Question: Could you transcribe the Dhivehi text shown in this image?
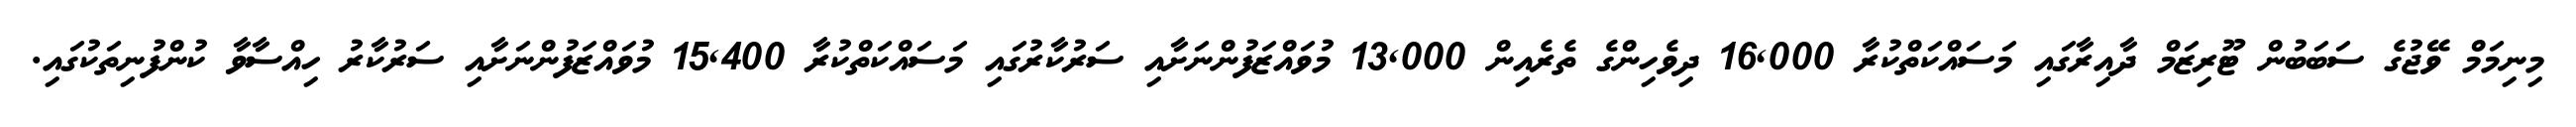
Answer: މިނިމަމް ވޭޖުގެ ސަބަބުން ޓޫރިޒަމް ދާއިރާގައި މަސައްކަތްކުރާ 16,000 ދިވެހިންގެ ތެރެއިން 13,000 މުވައްޒަފުންނަށާއި ސަރުކާރުގައި މަސައްކަތްކުރާ 15,400 މުވައްޒަފުންނަށާއި ސަރުކާރު ހިއްސާވާ ކުންފުނިތަކުގައި.